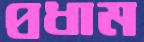
প্রধাম